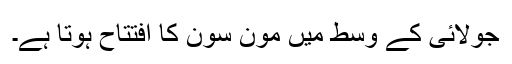
جولائی کے وسط میں مون سون کا افتتاح ہوتا ہے۔